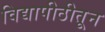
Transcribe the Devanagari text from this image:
विद्यापीठीतून